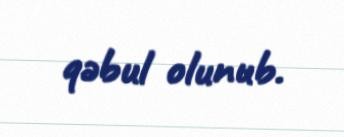
qəbul olunub.